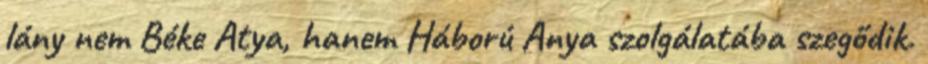
lány nem Béke Atya, hanem Háború Anya szolgálatába szegődik.